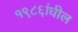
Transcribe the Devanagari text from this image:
१९८६ांधील